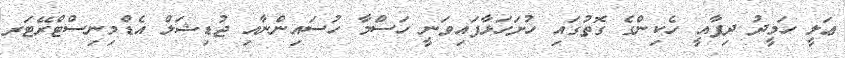
ޢަލީ ހަމީދު ދިފާއީ ހެކިންގެ ގޮތުގައި ހުށަހަޅާފައިވަނީ ހަސްމާ ހުސައިންނާއި ޖުޑިޝަލް އެޑްމިނިސްޓްރޭޓަރ